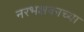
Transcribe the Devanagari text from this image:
नरभक्षकाच्या